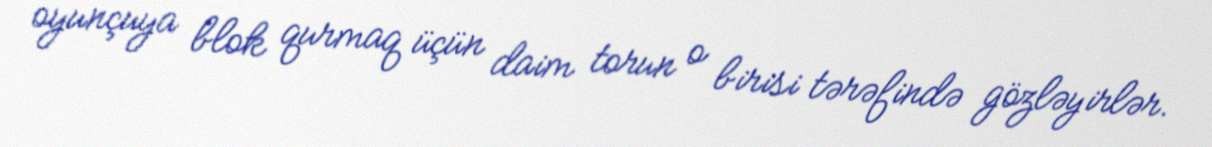
oyunçuya blok qurmaq üçün daim torun o birisi tərəfində gözləyirlər.